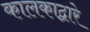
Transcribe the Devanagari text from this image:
कालकाद्वारे